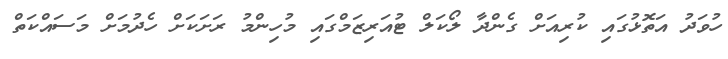
ހުވަދު އަތޮޅުގައި ކުރިއަށް ގެންދާ ލޯކަލް ޓުއަރިޒަމްގައި މުހިންމު ރަށަކަށް ހެދުމަށް މަސައްކަތް